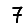
Digit: 7